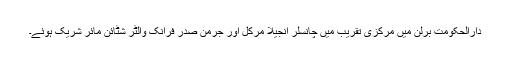
دارالحکومت برلن میں مرکزی تقریب میں چانسلر انجیلا مرکل اور جرمن صدر فرانک والٹر شٹائن مائر شریک ہوئے۔